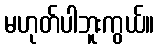
မဟုတ်ပါဘူးကွယ်။